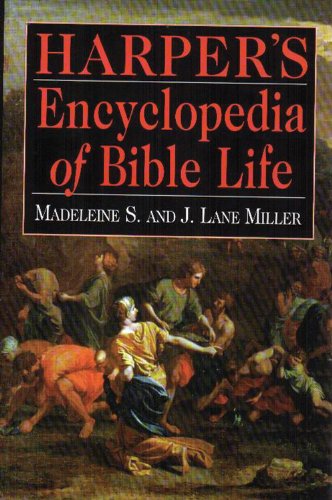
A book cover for Harper's Encyclopedia of Bible Life; Madeleine S. Miller; Reference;